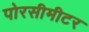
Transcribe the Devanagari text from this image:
पोरसीमीटर